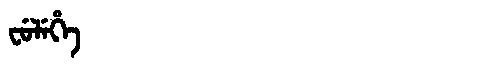
Manchu: ᠸᡠᠯᡝᡥᡝ
Romanization: FULEHE